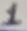
Text: 1